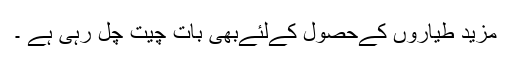
مزید طیاروں کےحصول کےلئےبھی بات چیت چل رہی ہے ۔